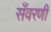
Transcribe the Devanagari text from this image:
सँवरणी